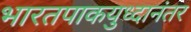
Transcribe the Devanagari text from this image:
भारतपाकयुध्दानंतर